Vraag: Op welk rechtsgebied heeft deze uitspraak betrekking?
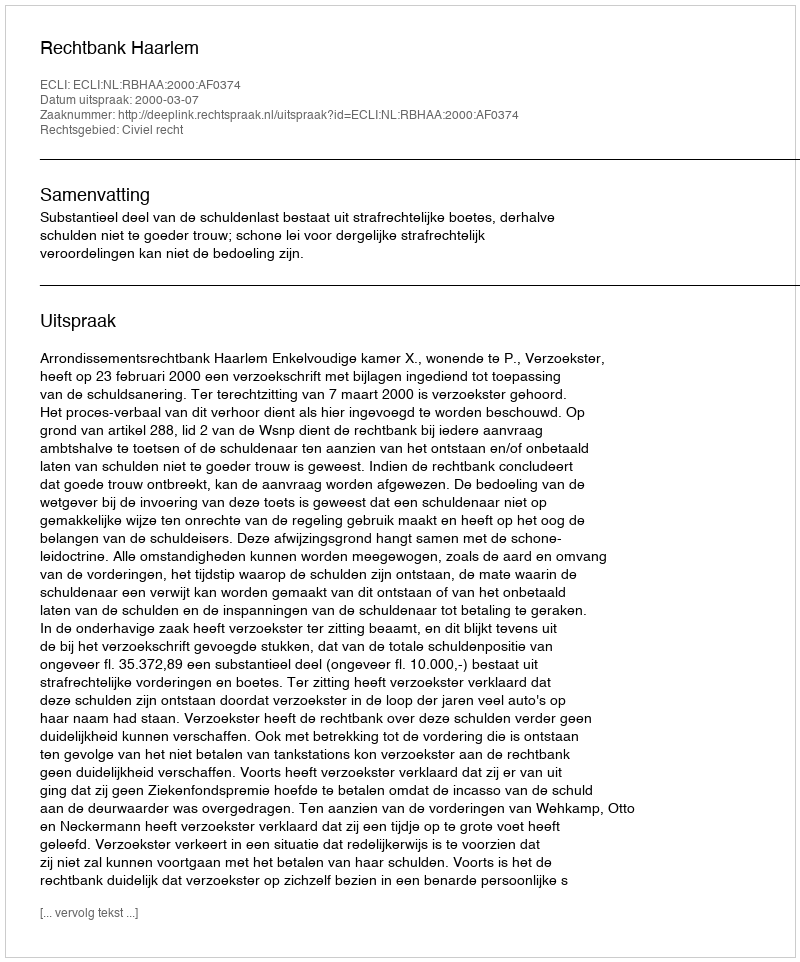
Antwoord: Civiel recht